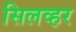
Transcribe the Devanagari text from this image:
सिलव्हर